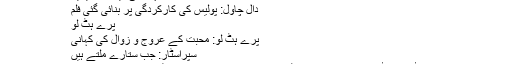
مشک کلیم
کوکب جہاں کی دیگر تحریریں
دال چاول: پولیس کی کارکردگی پر بنائی گئی فلم
پرے ہٹ لو
پرے ہٹ لو: محبت کے عروج و زوال کی کہانی
سپراسٹار: جب ستارے ملتے ہیں
← ویڈیو سکینڈل: اسلام آباد ہائی کورٹ نے ارشد ملک کو عہدے سے ہٹانے کی سفارش کر دی
احتساب عدالت کے جج ارشد ملک کو ہٹانے کا فیصلہ →